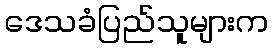
ဒေသခံပြည်သူများက